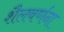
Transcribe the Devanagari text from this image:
शैलवर्णना